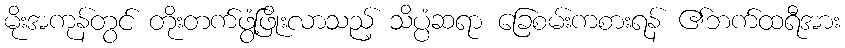
မိုးအကုန်တွင် တိုးတက်ဖွံ့ဖြိုးလာသည့် သိပ္ပံဆရာ ခြေစမ်းကစားရန် ၏ဘက်ထရီအား